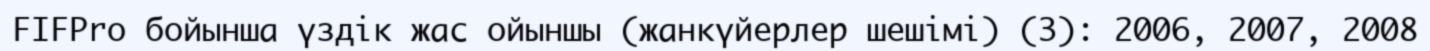
FIFPro бойынша үздік жас ойыншы (жанкүйерлер шешімі) (3): 2006, 2007, 2008